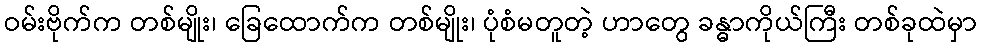
ဝမ်းဗိုက်က တစ်မျိုး၊ ခြေထောက်က တစ်မျိုး၊ ပုံစံမတူတဲ့ ဟာတွေ ခန္ဓာကိုယ်ကြီး တစ်ခုထဲမှာ